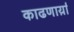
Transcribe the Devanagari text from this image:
काढणार्य़ा